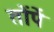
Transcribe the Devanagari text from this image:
तोंपें